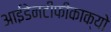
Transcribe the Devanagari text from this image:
आईडेनटीफीकाक्यो